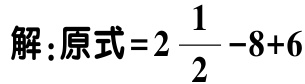
解：原式=$2\frac{1}{2}-8 + 6$